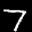
Label: 7